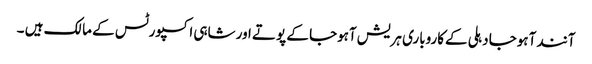
آنند آہوجا دہلی کےکاروباری ہریش آہوجا کے پوتے اور شاہی اکسپورٹس کے مالک ہیں ۔